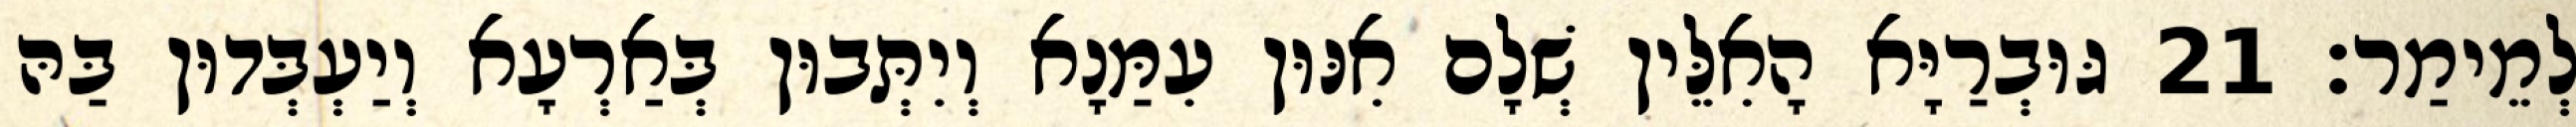
לְמֵימַר׃ 21 גּוּבְרַיָּא הָאִלֵּין שְׁלָם אִנּוּן עִמַּנָא וְיִתְּבוּן בְּאַרְעָא וְיַעְבְּדוּן בַּהּ